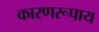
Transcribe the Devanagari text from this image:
कारणरूपाय